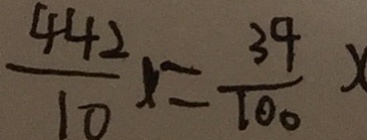
\frac { 4 4 2 } { 1 0 } x = \frac { 3 9 } { 1 0 0 } x